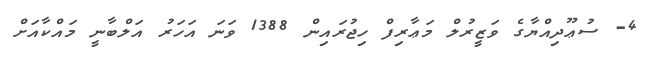
4- ސުޢޫދިއްޔާގެ ވަޒީރުލް މަޢާރިފް ހިޖުރައިން 1388 ވަނަ އަހަރު އަލްބާނީ މައްކާއަށް